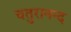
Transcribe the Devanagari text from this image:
चतुरानन्द